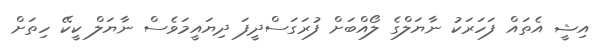
އިޝީ އެތައް ފަހަރަކު ނާޔަލްގެ ލޯއްބަށް ފުރަގަސްދީފަ ދިޔައީމަވެސް ނާޔަލް ކީކޭ ހިތަށް